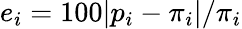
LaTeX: e_{i}=100|p_{i}-\pi_{i}|/\pi_{i}